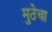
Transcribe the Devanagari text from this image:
मुठेचा